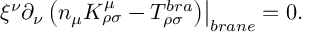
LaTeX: \left. \xi ^ { \nu } \partial _ { \nu } \left( n _ { \mu } K _ { \rho \sigma } ^ { \mu } - T _ { \rho \sigma } ^ { b r a } \right) \right| _ { b r a n e } = 0 .